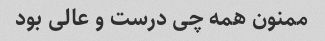
ممنون همه چی درست و عالی بود